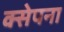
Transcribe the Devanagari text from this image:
क्सेपना